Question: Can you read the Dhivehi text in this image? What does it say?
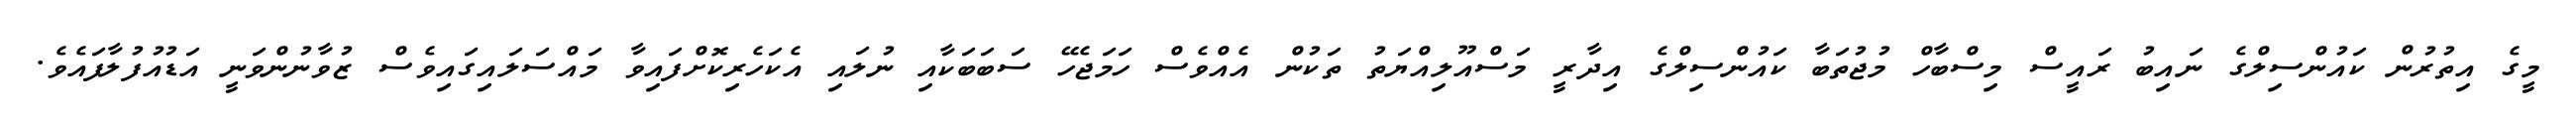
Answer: މީގެ އިތުރުން ކައުންސިލްގެ ނައިބު ރައީސް މިސްބާހް މުޖުތަބާ ކައުންސިލްގެ އިދާރީ މަސްއޫލިއްޔަތު ތަކުން އެއްވެސް ހަމަޖެހޭ ސަބަބަކާއި ނުލައި އެކަހެރިކޮށްފައިވާ މައްސަލައިގައިވެސް ޒުވާނުންވަނީ އަޑުއުފުލާފައެވެ.